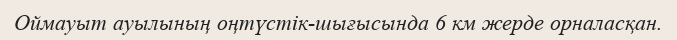
Оймауыт ауылының оңтүстік-шығысында 6 км жерде орналасқан.